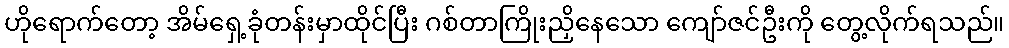
ဟိုရောက်တော့ အိမ်ရှေ့ခုံတန်းမှာထိုင်ပြီး ဂစ်တာကြိုးညှိနေသော ကျော်ဇင်ဦးကို တွေ့လိုက်ရသည်။